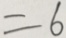
= 6